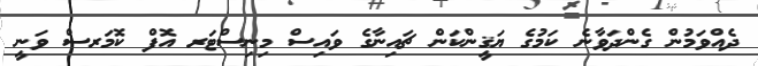
ދެއްވަމުން ގެންދަވާނެ ކަމުގެ ޔަޤީންކަން ޗައިނާގެ ވައިސް މިނިސްޓަރ އޮފް ކޮމަރސް ވަނީ